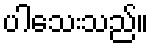
ပါသေးသည်။